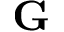
{ \bf G }